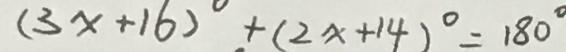
( 3 x + 1 6 ) ^ { \circ } + ( 2 x + 1 4 ) ^ { \circ } = 1 8 0 ^ { \circ }